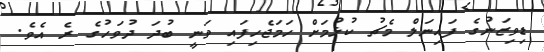
ޑިވިޒަނުގެ ފައިނަލް މެޗު ކުޅުމަށް ހަމަޖެހިފައި ވަނީ ބުދަ ދުވަހުގެ ރެ އެވެ.